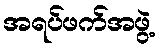
အရပ်ဖက်အဖွဲ့